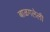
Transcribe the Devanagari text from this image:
बाळगलेली